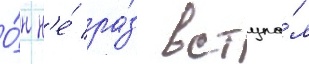
О́н н'е́ ра́з вступа́л